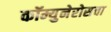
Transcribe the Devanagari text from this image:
कॉम्युनेरोसचा